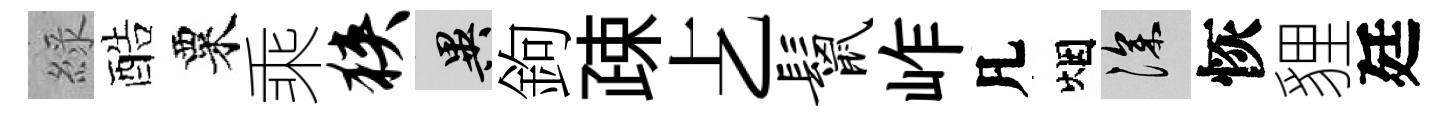
綠酷粟乘狭异鉤疎𠧒鬣岞凡烟深恢貍廷